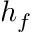
h _ { f }